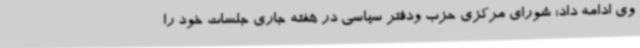
وی ادامه داد: شورای مرکزی حزب ودفتر سیاسی در هفته جاری جلسات خود را